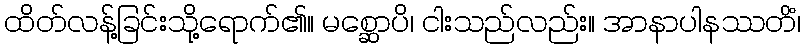
ထိတ်လန့်ခြင်းသို့ရောက်၏။ မစ္ဆောပိ၊ ငါးသည်လည်း။ အာနာပါနဿတိံ၊